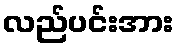
လည်ပင်းအား